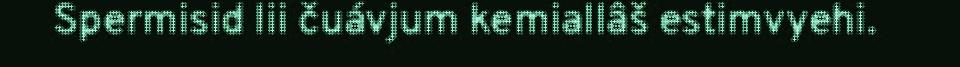
Spermisid lii čuávjum kemiallâš estimvyehi.